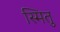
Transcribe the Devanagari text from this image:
स्मितु